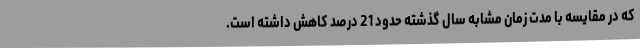
که در مقایسه با مدت زمان مشابه سال گذشته حدود 21 درصد کاهش داشته است.